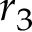
r _ { 3 }